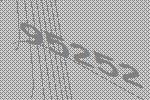
95252